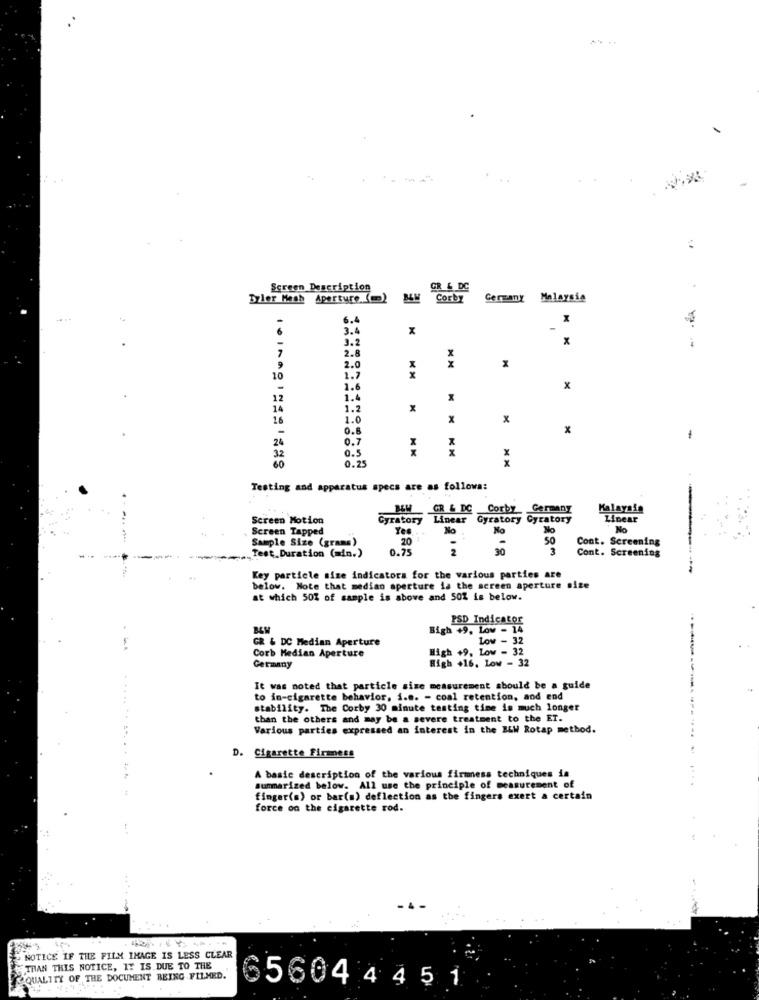
..
Screen Description
GR & DC
Tyler Mesh Aperture ()
Corby
Germany
Malaysia
6.4
3.4
x
-
3.2
x
2.8
9
2.0
10
1.7
1.6
x
12
1.4
14
1.2
x
16
1.0
x
x
0.8
24
0.7
-
0.5
32
0.25
Testing and apparatus specs are as follows:
BEW GR & DC Corby Germany
Malaysia
Screen Motion
Cyratory
Linear
Gyratory Cyratory
Linear
Screen Tapped
Yes
No
No
No
No
Sample Size (grams)
20
-
50
Cont. Screening
Test. Duration (min.)
0.75
2
3
Cont. Screening
Key particle size indicators for the various parties are
below. Note that median aperture ia the screen aperture size
at which 50% of sample is above and 50% is below.
PSD Indicator
Bigh +9, Low - 14
GR & DC Median Aperture
Low - 32
High +9. Low - 32
Corb Median Aperture
High +16. Low - 32
Germany
It was noted that particle size measurement should be a guide
to in-cigarette behavior, i.e. - coal retention, and end
stability. The Corby 30 minute testing time is much longer
than the others and may be a severe treatment to the ET.
Various parties expressed an interest in the BLW Rotap method.
D. Cigarette Firmess
A basic description of the various firmness techniques in
summarized below. All use the principle of measurement of
finger(s) or bar(s) deflection as the fingers exert a certain
force on the cigarette rod.
NOTICE IF THE FILM IMAGE IS LESS CLEAR
THAN THIS NOTICE, IT IS DUE TO THE
QUALITY OF THE DOCUMENT BEING FILMED.
56044 451